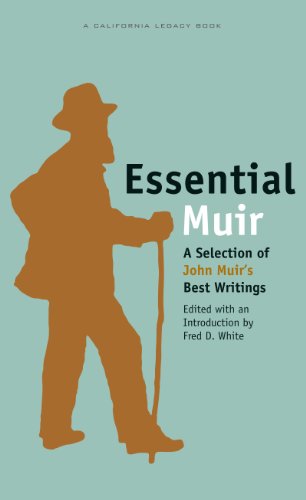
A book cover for Essential Muir: A Selection of John Muir's Best Writings (Essential) (California Legacy Book); Fred D. White; Science & Math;